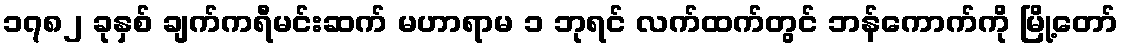
၁၇၈၂ ခုနှစ် ချက်ကရီမင်းဆက် မဟာရာမ ၁ ဘုရင် လက်ထက်တွင် ဘန်ကောက်ကို မြို့တော်